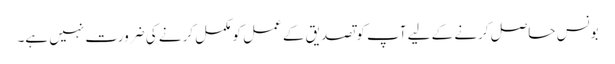
بونس حاصل کرنے کے لیے آپ کو تصدیق کے عمل کو مکمل کرنے کی ضرورت نہیں ہے۔